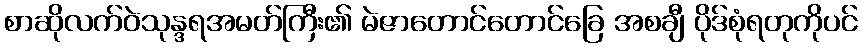
စာဆိုလက်ဝဲသုန္ဒရအမတ်ကြီး၏ မဲဇာတောင်တောင်ခြေ အစချီ ပိုဒ်စုံရတုကိုပင်